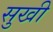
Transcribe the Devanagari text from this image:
सुखी